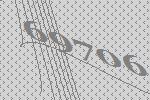
69706